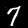
Digit: 7